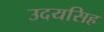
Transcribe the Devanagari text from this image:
उदयसिह